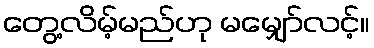
တွေ့လိမ့်မည်ဟု မမျှော်လင့်။